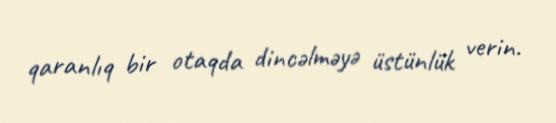
qaranlıq bir otaqda dincəlməyə üstünlük verin.